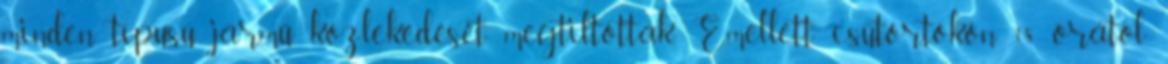
minden típusú jármű közlekedését megtiltották. Emellett csütörtökön 18 órától